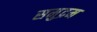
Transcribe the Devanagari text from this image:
समुद्रम